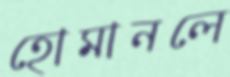
হোমানলে